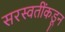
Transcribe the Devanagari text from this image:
सरस्वतींकडून